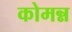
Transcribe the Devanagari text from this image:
कोमन्न